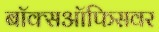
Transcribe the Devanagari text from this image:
बॉक्सऑफिसवर